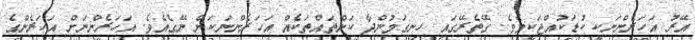
އޭރު އަހަރެންނަކީ ކުޑަކުއްޖަކީމެވެ. ގޭތެރޭގައި ހިނގަމުންދާ ކަންތައްތަކެއް އަހަރެންނަކަށް ނޭގެއެވެ. އަހަރެންނަށް އަހަރެންގެ